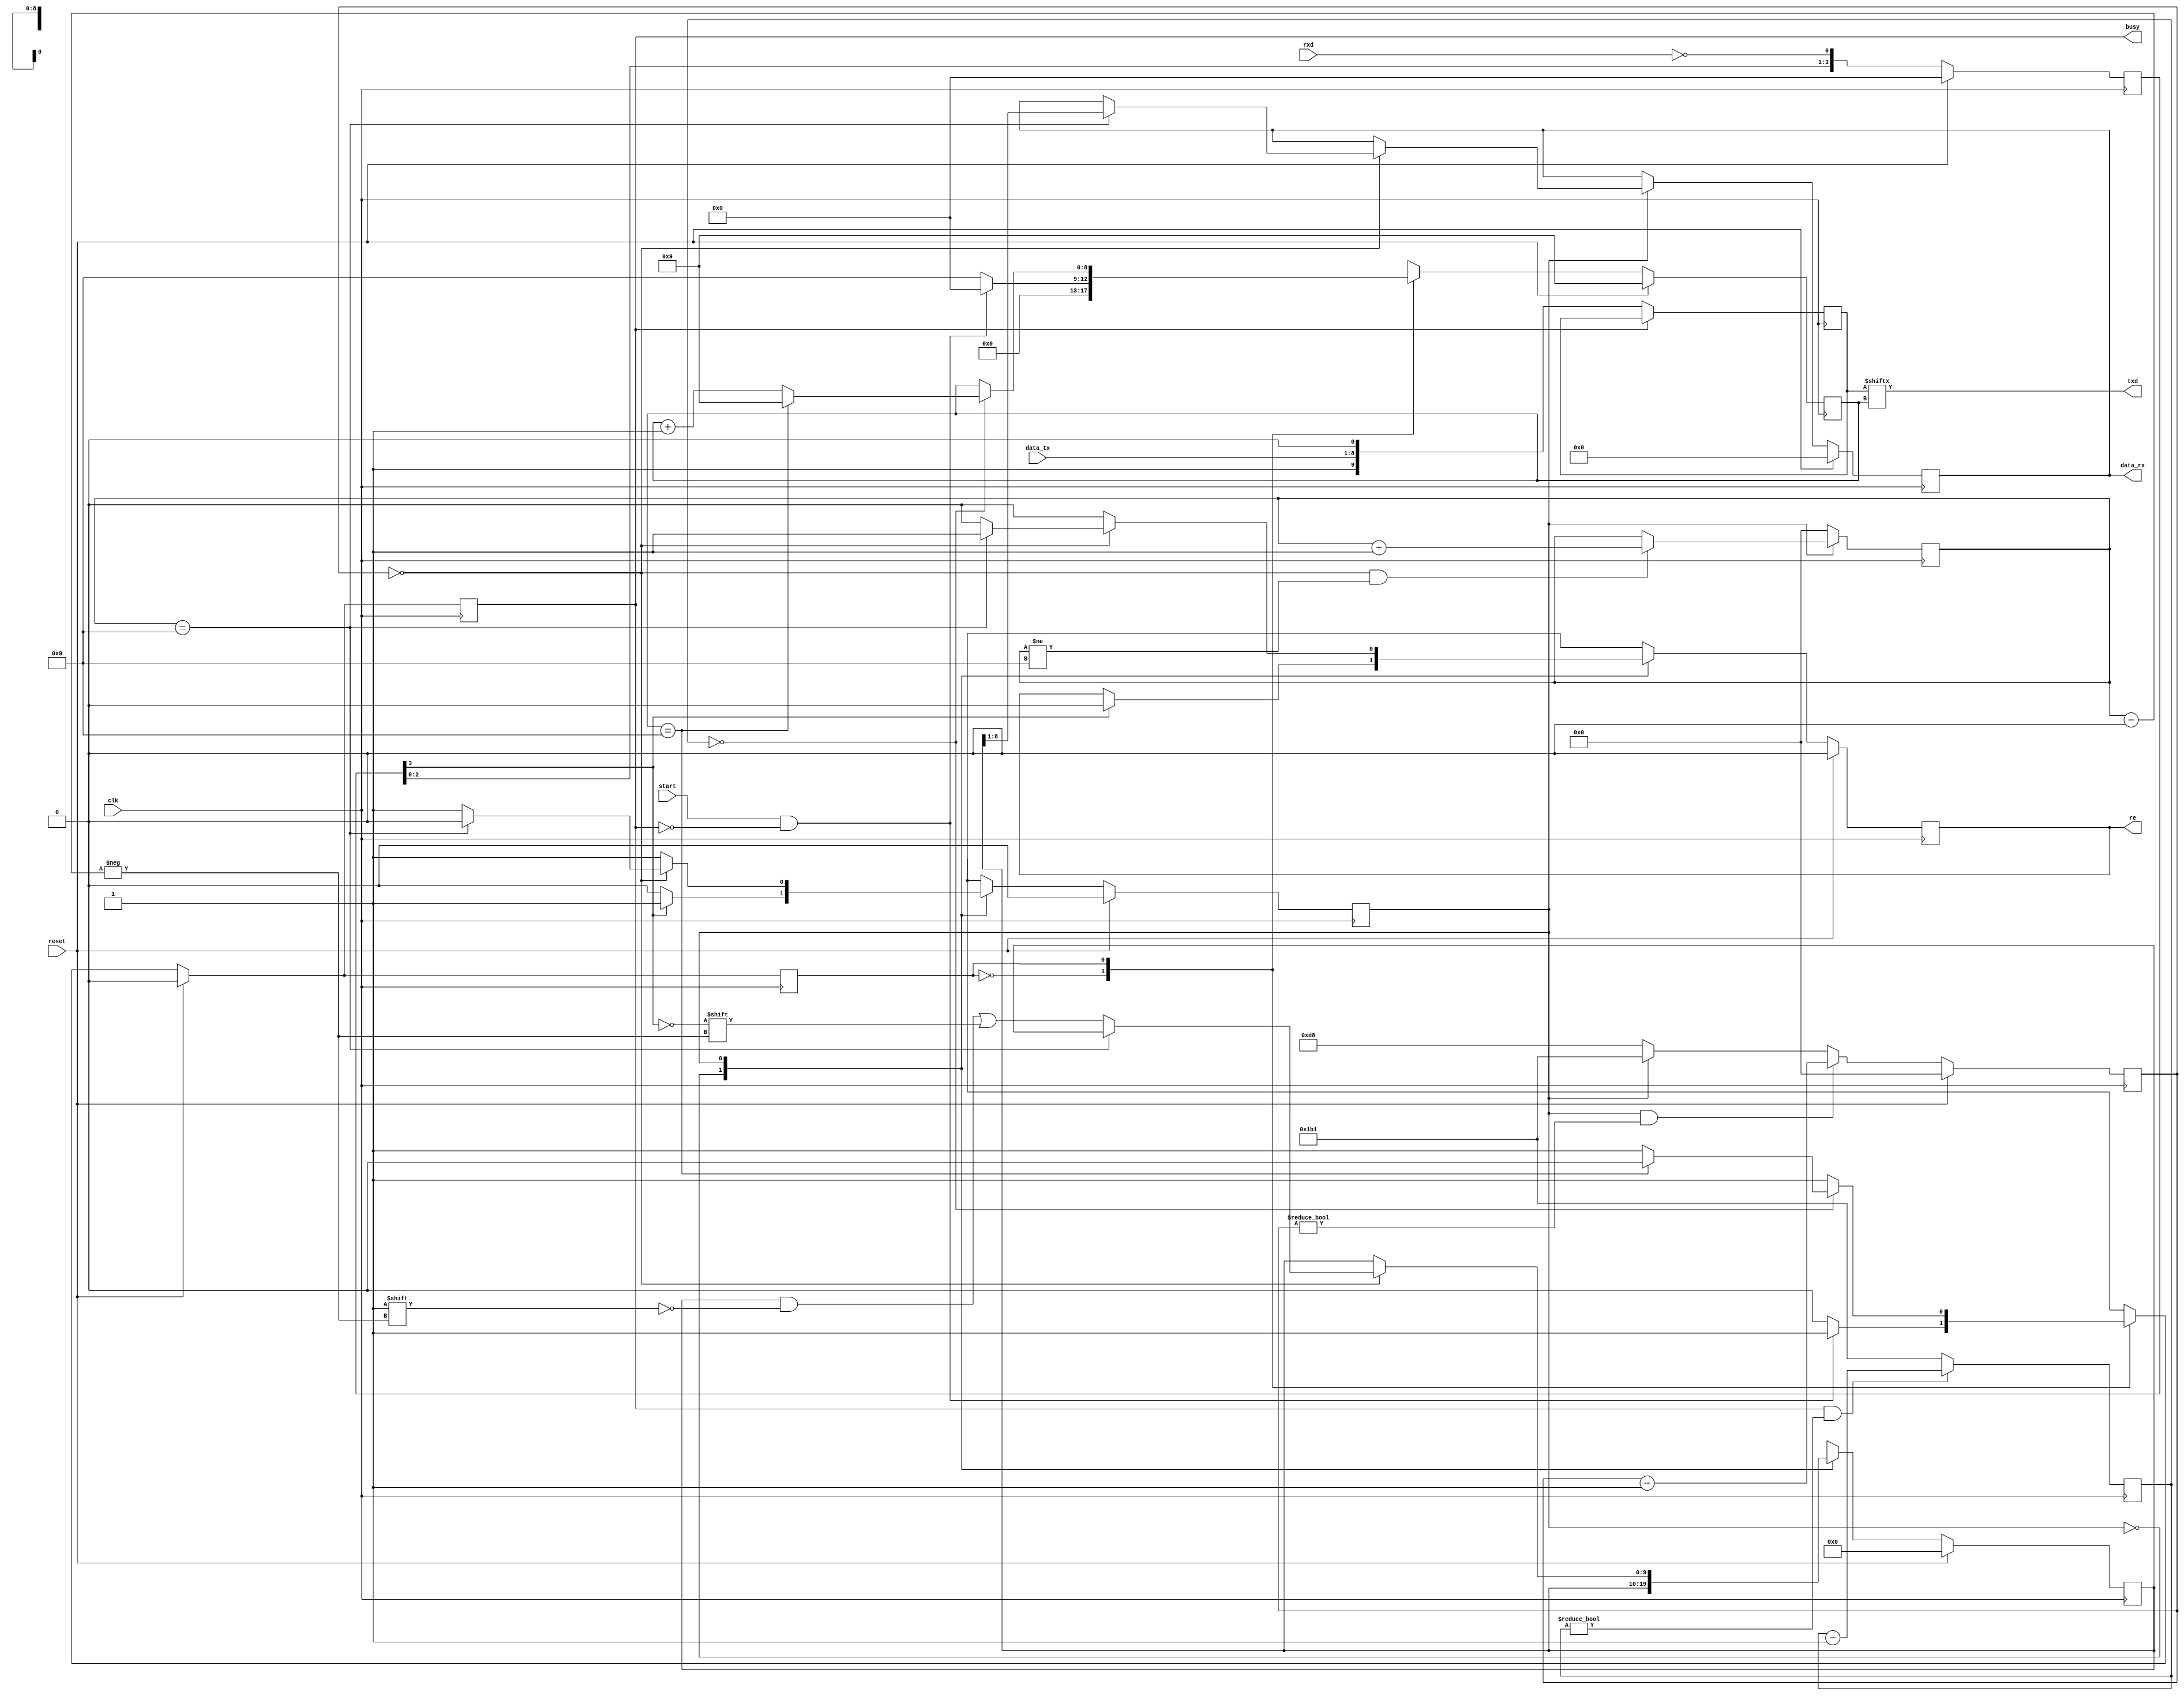
// SPDX-License-Identifier: BSD-2-Clause
// Copyright (c) 2017 miya All rights reserved.

/*
 Usage:

 Tx: Wait for 'busy' == 0, set 'data_tx' and set 1 to the 'start' signal.

 Rx: Read 'data_rx' at the rising edge of the 're' signal
 
 ver. 2024/06/01
 */

module uart
  #(
    parameter CLK_HZ = 50000000,
    parameter SCLK_HZ = 115200,
    parameter WIDTH = 8
    )
  (
   input wire             clk,
   input wire             reset,
   input wire             rxd,
   input wire             start,
   input wire [WIDTH-1:0] data_tx,
   output wire            txd,
   output reg             busy,
   output reg             re,
   output reg [WIDTH-1:0] data_rx
   );

  localparam TRUE = 1'b1;
  localparam FALSE = 1'b0;
  localparam ONE = 1'd1;
  localparam ZERO = 1'd0;
  localparam SHIFT_REG_DEPTH = 3;
  localparam WAIT = (CLK_HZ / SCLK_HZ - 1);
  localparam WAIT_HALF = ((CLK_HZ / SCLK_HZ) / 2 - 1);
  localparam COUNTER_WIDTH = $clog2(WAIT + 2);
  localparam START_BIT = 1'b0;
  localparam STOP_BIT = 1'b1;

  reg [WIDTH+1:0]         data_tx_buf;
  reg [WIDTH+1:0]         data_rx_buf;
  reg [SHIFT_REG_DEPTH:0] rxd_shift_reg;
  wire                    rxd_sync;
  reg                     tx_state;
  reg                     rx_state;
  reg [COUNTER_WIDTH-1:0] tx_counter;
  reg [COUNTER_WIDTH-1:0] rx_counter;
  reg [WIDTH:0]           txd_counter;
  reg [WIDTH:0]           rxd_counter;

  // tx
  assign txd = data_tx_buf[txd_counter];

  always @(posedge clk)
    begin
      if (busy == FALSE)
        begin
          data_tx_buf <= {STOP_BIT, data_tx, START_BIT};
        end
      else
        begin
          data_tx_buf <= data_tx_buf;
        end
    end

  always @(posedge clk)
    begin
      if ((busy == TRUE) && (tx_counter != ZERO))
        begin
          tx_counter <= tx_counter - ONE;
        end
      else
        begin
          tx_counter <= WAIT;
        end
    end

  always @(posedge clk)
    begin
      if (reset == TRUE)
        begin
          txd_counter <= (WIDTH + 1);
          busy <= FALSE;
          tx_state <= ZERO;
        end
      else
        begin
          case (tx_state)
            ZERO:
              begin
                if ((start == TRUE) && (busy == FALSE))
                  begin
                    txd_counter <= ZERO;
                    busy <= TRUE;
                    tx_state <= ONE;
                  end
                else
                  begin
                    txd_counter <= (WIDTH + 1);
                    busy <= FALSE;
                    tx_state <= ZERO;
                  end
              end
            ONE:
              begin
                if (tx_counter == ZERO)
                  begin
                    if (txd_counter == (WIDTH + 1))
                      begin
                        txd_counter <= (WIDTH + 1);
                        busy <= FALSE;
                        tx_state <= ZERO;
                      end
                    else
                      begin
                        txd_counter <= txd_counter + ONE;
                        busy <= TRUE;
                        tx_state <= ONE;
                      end
                  end
                else
                  begin
                    txd_counter <= txd_counter;
                    busy <= TRUE;
                    tx_state <= ONE;
                  end
              end
          endcase
        end
    end

  // sync rxd
  always @(posedge clk)
    begin
      if (reset == TRUE)
        begin
          rxd_shift_reg <= ZERO;
        end
      else
        begin
          rxd_shift_reg <= {rxd_shift_reg, ~rxd};
        end
    end

  assign rxd_sync = ~rxd_shift_reg[SHIFT_REG_DEPTH];

  // rx
  always @(posedge clk)
    begin
      if (reset == TRUE)
        begin
          rx_counter <= ZERO;
        end
      else
        begin
          if ((rx_state != ZERO) && (rx_counter != ZERO))
            begin
              rx_counter <= rx_counter - ONE;
            end
          else
            begin
              if (rx_state == ZERO)
                begin
                  rx_counter <= WAIT_HALF;
                end
              else
                begin
                  rx_counter <= WAIT;
                end
            end
        end
    end

  always @(posedge clk)
    begin
      if (rx_state == ZERO)
        begin
          rxd_counter <= ZERO;
        end
      else
        begin
          if ((rx_counter == ZERO) && (rxd_counter != (WIDTH + 1)))
            begin
              rxd_counter <= rxd_counter + ONE;
            end
          else
            begin
              rxd_counter <= rxd_counter;
            end
        end
    end

  always @(posedge clk)
    begin
      if (reset == TRUE)
        begin
          rx_state <= ZERO;
          data_rx_buf <= ZERO;
          re <= FALSE;
          data_rx <= ZERO;
        end
      else
        begin
          case (rx_state)
            ZERO:
              begin
                if (rxd_sync == START_BIT)
                  begin
                    re <= FALSE;
                    rx_state <= ONE;
                  end
                else
                  begin
                    re <= re;
                    rx_state <= ZERO;
                  end
              end
            ONE:
              begin
                if (rx_counter == ZERO)
                  begin
                    if (rxd_counter == (WIDTH + 1))
                      begin
                        re <= TRUE;
                        rx_state <= ZERO;
                        data_rx <= data_rx_buf[WIDTH:1];
                      end
                    else
                      begin
                        data_rx_buf[rxd_counter] <= rxd_sync;
                        re <= FALSE;
                        rx_state <= ONE;
                      end
                  end
                else
                  begin
                    re <= FALSE;
                    rx_state <= ONE;
                  end
              end
          endcase
        end
    end

endmodule